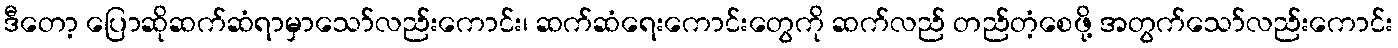
ဒီတော့ ပြောဆိုဆက်ဆံရာမှာသော်လည်းကောင်း၊ ဆက်ဆံရေးကောင်းတွေကို ဆက်လည် တည်တံ့စေဖို့ အတွက်သော်လည်းကောင်း